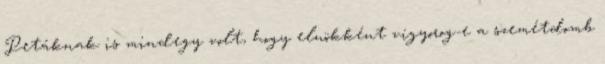
Petáknak is mindegy volt, hogy elnökként vigyorog-e a szemétdomb